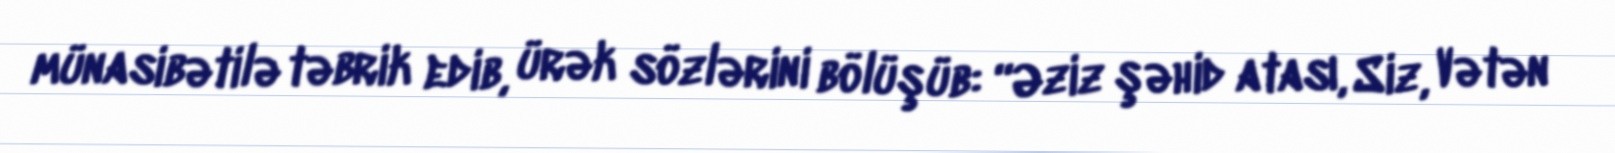
münasibətilə təbrik edib, ürək sözlərini bölüşüb: “Əziz şəhid atası, Siz, Vətən